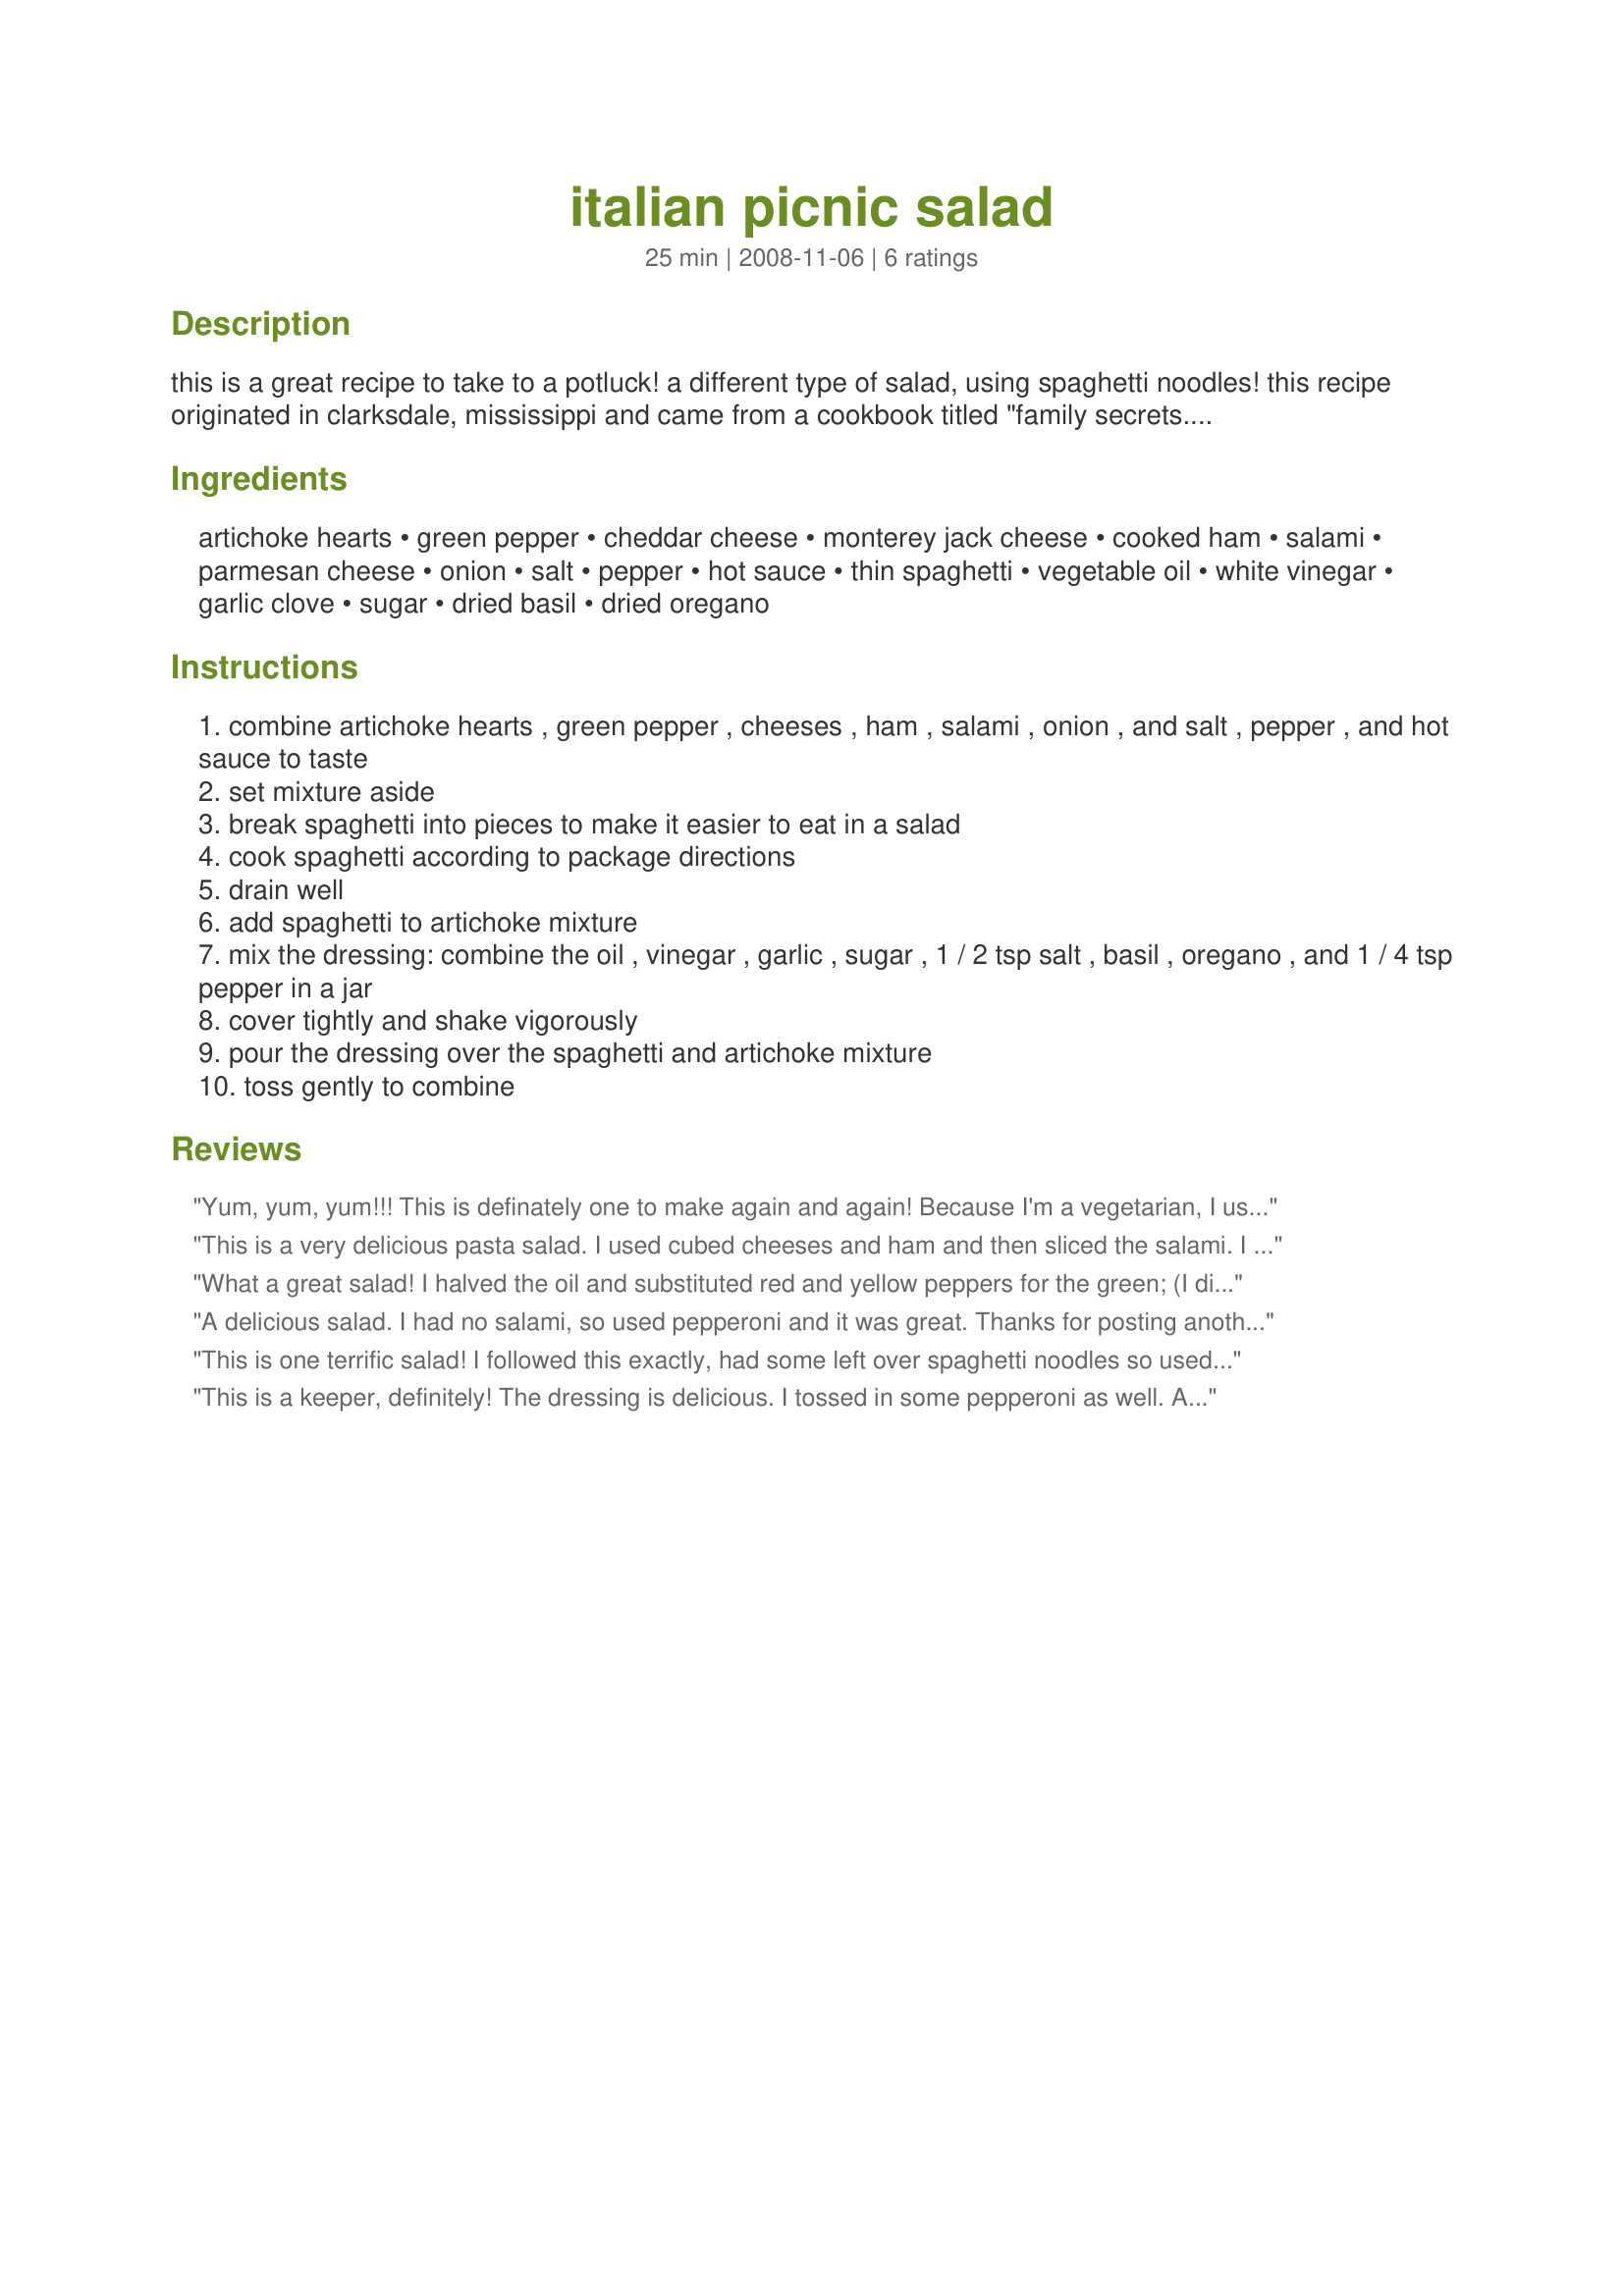
italian picnic salad
Preparation time: 25 minutes

this is a great recipe to take to a potluck! a different type of salad, using spaghetti noodles! this recipe originated in clarksdale, mississippi and came from a cookbook titled "family secrets....the best of the delta". it has lots of ingredients, but there is nothing hard about the recipe. try it!

Ingredients:
artichoke hearts, green pepper, cheddar cheese, monterey jack cheese, cooked ham, salami, parmesan cheese, onion, salt, pepper, hot sauce, thin spaghetti, vegetable oil, white vinegar, garlic clove, sugar, dried basil, dried oregano

Steps:
combine artichoke hearts , green pepper , cheeses , ham , salami , onion , and salt , pepper , and hot sauce to taste
set mixture aside
break spaghetti into pieces to make it easier to eat in a salad
cook spaghetti according to package directions
drain well
add spaghetti to artichoke mixture
mix the dressing: combine the oil , vinegar , garlic , sugar , 1 / 2 tsp salt , basil , oregano , and 1 / 4 tsp pepper in a jar
cover tightly and shake vigorously
pour the dressing over the spaghetti and artichoke mixture
toss gently to combine

Reviews:
Yum, yum, yum!!! This is definately one to make again and again! Because I'm a vegetarian, I used Yves Veggie Ham and Veggie Salami in this, and I also reduced the oil slightly, using around 2/3 cup. I had some baby yellow peppers and 1/2 pint of grape tomatoes, so I used those in here as well. Oh, and I didn't have spaghetti on hand, so I used whole grain fusilli. I agree with TxG, this will be even better tomorrow!!! Thanks so much for sharing, breezermom! Made for PRMR tag.
This is a very delicious pasta salad. I used cubed cheeses and ham and then sliced the salami. I did leave out the green bell pepper and replaced it with roasted red bell peppers instead. I added all the other goodies as indicated. I did use less oil and used red wine vinegar vs. white (just our preference). This is a perfect salad for picnics, potlucks and any time you're in the mood for a really wonderful and filling salad.
What a great salad! I halved the oil and substituted red and yellow peppers for the green; (I did miss the green color). It has great flavor and is better the second day. Thanks for a great everyday recipe!
A delicious salad. I had no salami, so used pepperoni and it was great. Thanks for posting another tasty dish. Made for 123 tag.
This is one terrific salad! I followed this exactly, had some left over spaghetti noodles so used this, as well as some cooked ham and salami. The dressing is da'bomb! So herby and just delicious in taste. I used a bit less dressing, but saved it for later use. Thank you, breezermom! Loved this .....Made for your win, Everyday is a Holiday!" Jan. 2009.
This is a keeper, definitely! The dressing is delicious. I tossed in some pepperoni as well. As good as it is today, I think it will be even better tomorrow when the flavors meld. Thanks, Breezermom!
